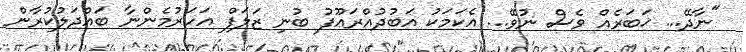
"ނާދޭ... ޚަބަރެއް ވެސް ނުވޭ... އެކަމަކު އަބުދުއްރަޢޫފު ބުނި ޒަލަފް އަހަރުމެންނާ ބައްދަލުކުރާން